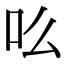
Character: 䶸